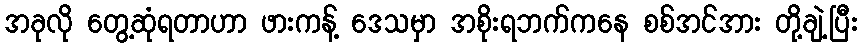
အခုလို တွေ့ဆုံရတာဟာ ဖားကန့် ဒေသမှာ အစိုးရဘက်ကနေ စစ်အင်အား တို့ချဲ့ပြီး